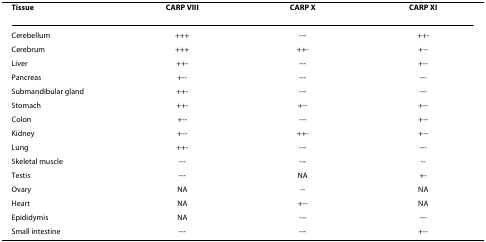
<table><thead><tr><td><b>Tissue</b></td><td><b>CARP VIII</b></td><td><b>CARP X</b></td><td><b>CARP XI</b></td></tr></thead><tbody><tr><td>Cerebellum</td><td>+++</td><td>---</td><td>++-</td></tr><tr><td>Cerebrum</td><td>+++</td><td>++-</td><td>+--</td></tr><tr><td>Liver</td><td>++-</td><td>---</td><td>+--</td></tr><tr><td>Pancreas</td><td>+--</td><td>---</td><td>---</td></tr><tr><td>Submandibular gland</td><td>++-</td><td>---</td><td>---</td></tr><tr><td>Stomach</td><td>++-</td><td>+--</td><td>+--</td></tr><tr><td>Colon</td><td>+--</td><td>---</td><td>+--</td></tr><tr><td>Kidney</td><td>+--</td><td>++-</td><td>+--</td></tr><tr><td>Lung</td><td>++-</td><td>---</td><td>---</td></tr><tr><td>Skeletal muscle</td><td>---</td><td>---</td><td>--</td></tr><tr><td>Testis</td><td>---</td><td>NA</td><td>+-</td></tr><tr><td>Ovary</td><td>NA</td><td>--</td><td>NA</td></tr><tr><td>Heart</td><td>NA</td><td>+--</td><td>NA</td></tr><tr><td>Epididymis</td><td>NA</td><td>---</td><td>---</td></tr><tr><td>Small intestine</td><td>---</td><td>---</td><td>+--</td></tr></tbody></table>